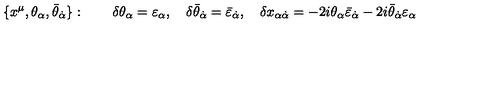
\{ x ^ { \mu } , \theta _ { \alpha } , \bar { \theta } _ { \dot { \alpha } } \} : \qquad \delta \theta _ { \alpha } = \varepsilon _ { \alpha } , \quad \delta \bar { \theta } _ { \dot { \alpha } } = \bar { \varepsilon } _ { \dot { \alpha } } , \quad \delta x _ { \alpha \dot { \alpha } } = - 2 i \theta _ { \alpha } \bar { \varepsilon } _ { \dot { \alpha } } - 2 i \bar { \theta } _ { \dot { \alpha } } \varepsilon _ { \alpha }